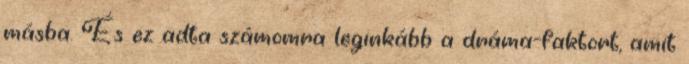
másba. És ez adta számomra leginkább a dráma-faktort, amit